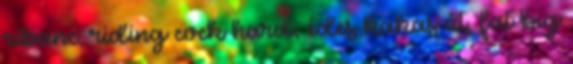
ribanc, riding cock hard, édes kakas út, fat big